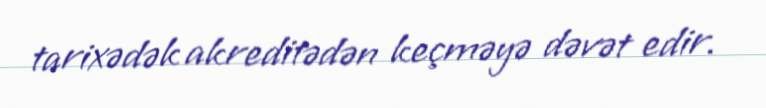
tarixədək akreditədən keçməyə dəvət edir.